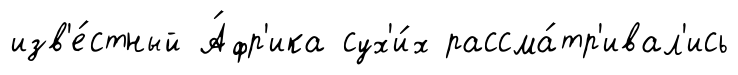
изв'е́стный А́фр'ика сух'и́х рассма́тр'ивал'ись